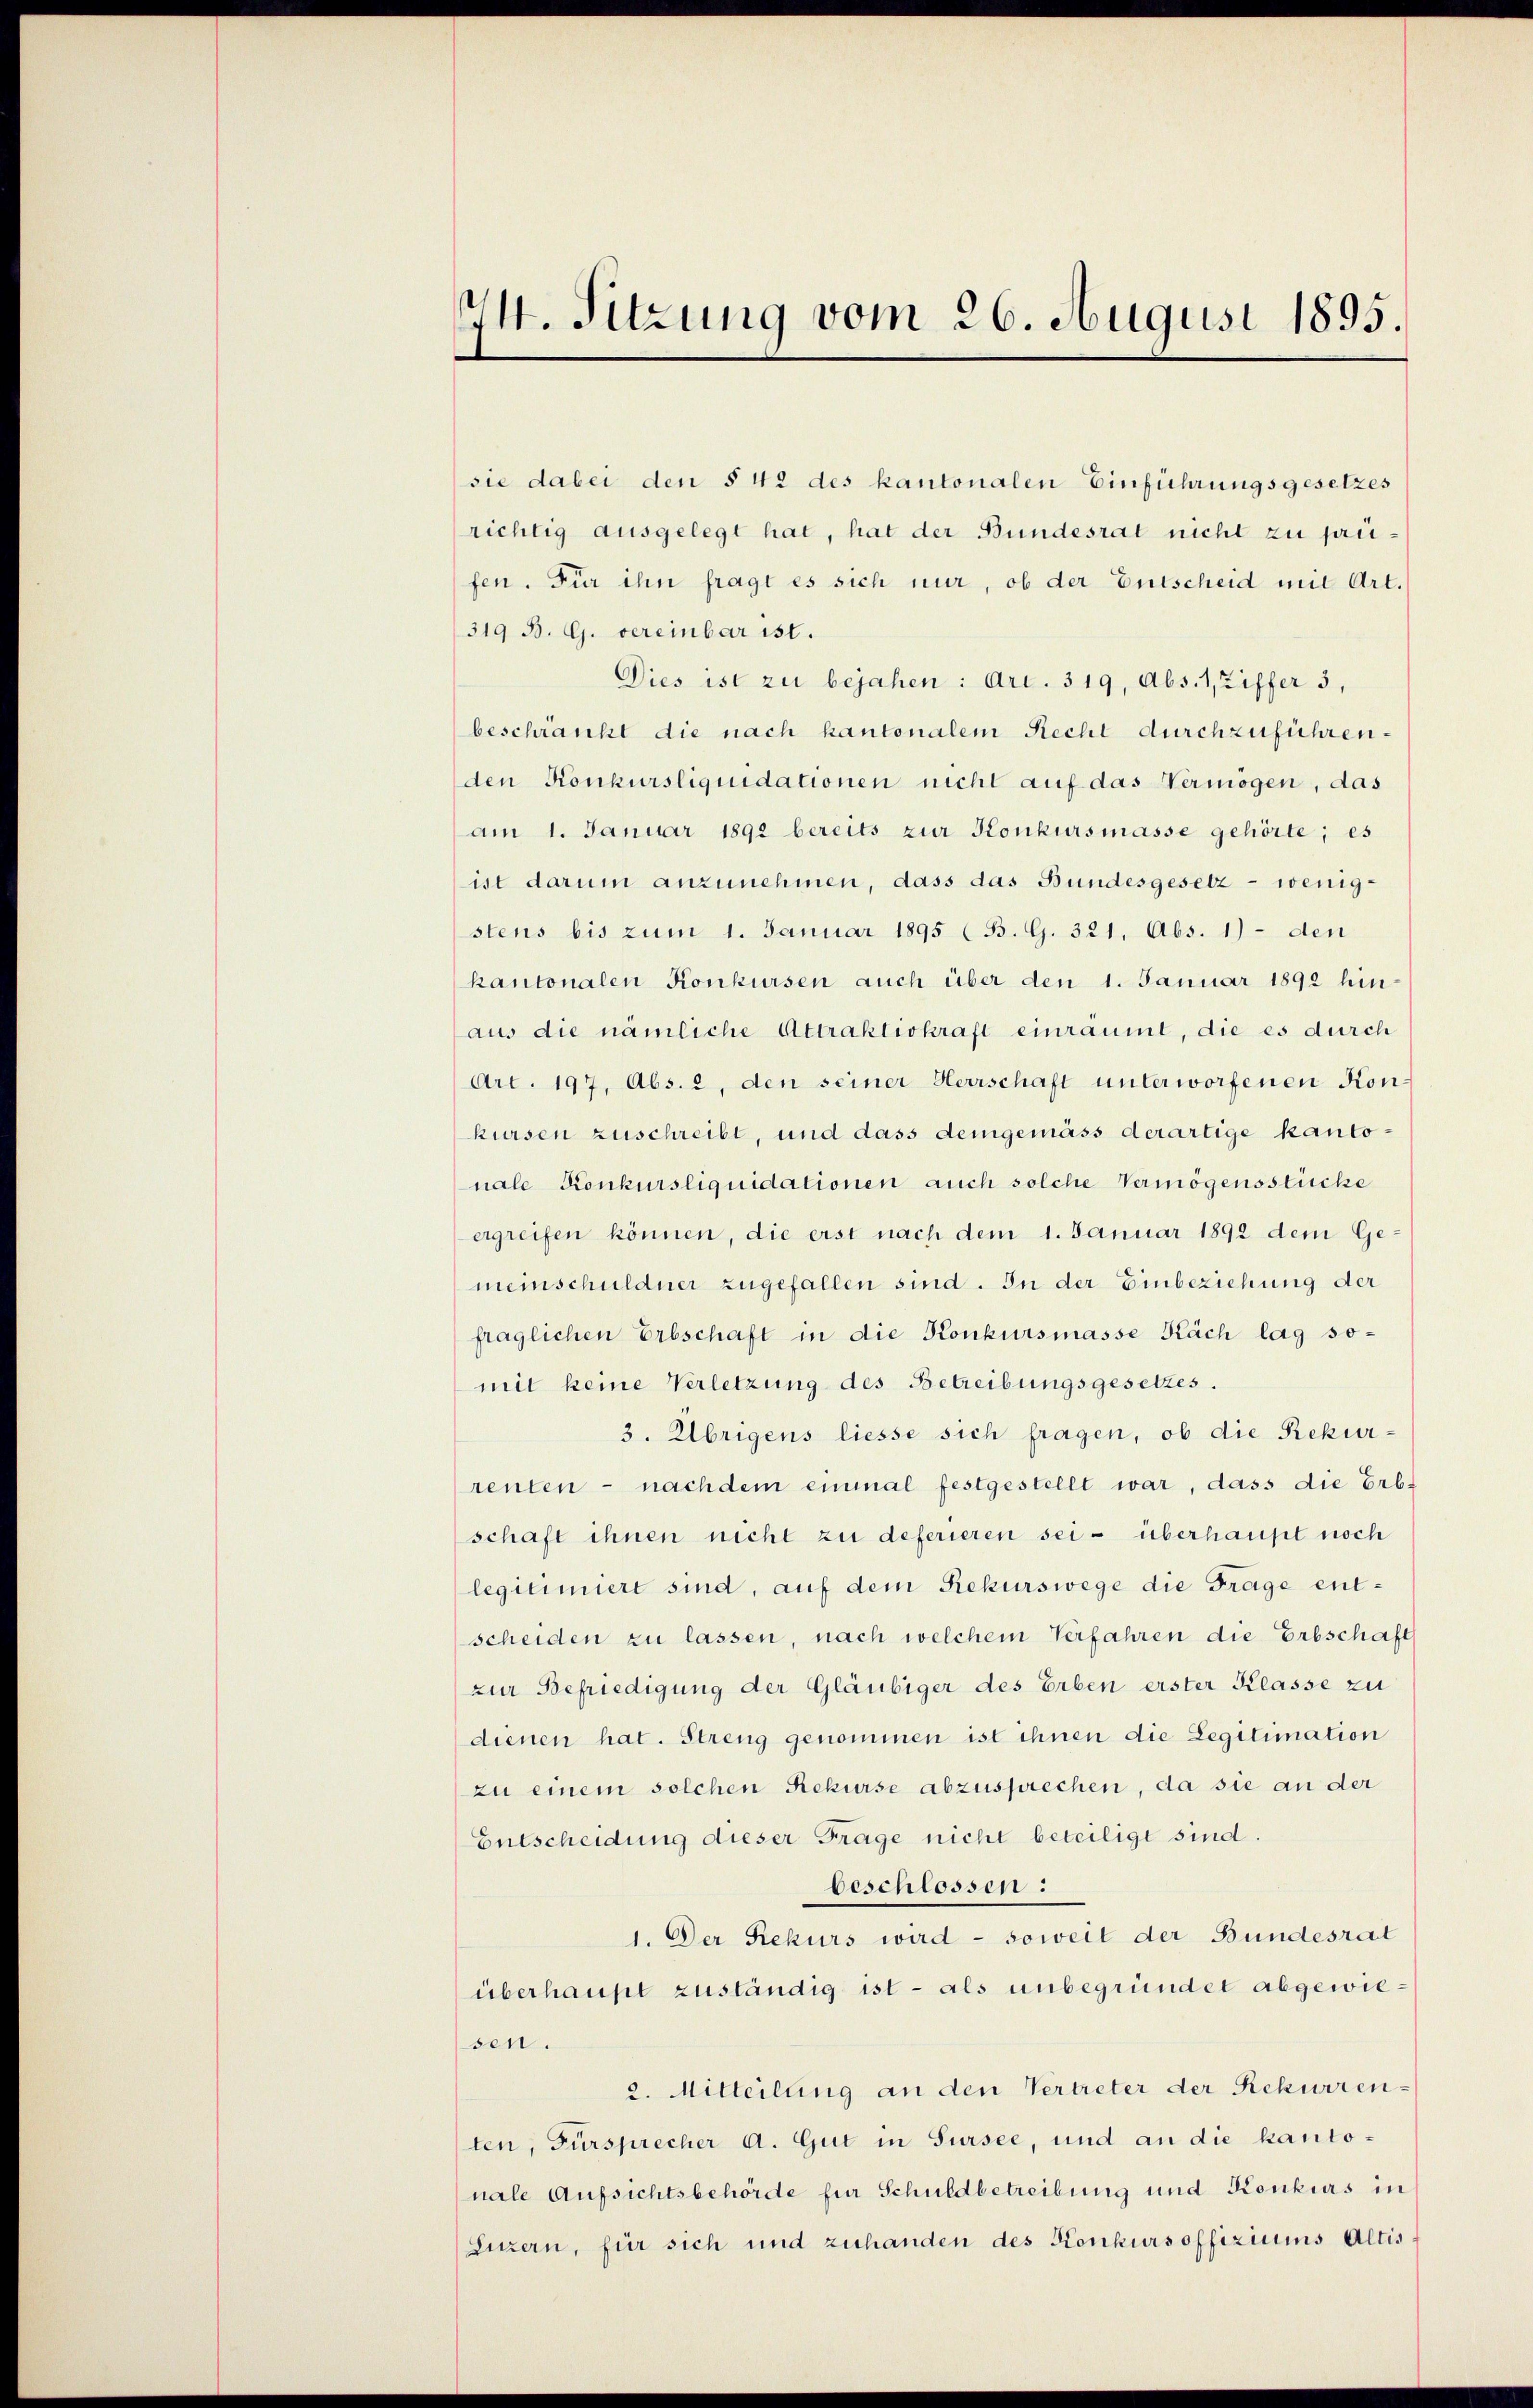
e
14. Sitzung vom 26. August 1895.

sie dabei den § 42 des kantonalen Einführungsgesetzes
richtig ausgelegt hat, hat der Bundesrat nicht zu preifen. Für ihn fragt es sich nur, ob der Entscheid mit Art.
319 B. G. vereinbar ist.
Dies ist zu bejahen: Art. 319, Abs. 1, Ziffer 3,
beschränkt die nach kantonalem Recht durchzuführenden Konkursliquidationen nicht auf das Vermögen, das
am 1. Januar 1892 bereits zur Konkursmasse gehörte; es
ist darum anzunehmen, dass das Bundesgesetz - wenigstens bis zum 1. Januar 1895 (B. G. 321, Abs. 1) - den
kantonalen Konkursen auch über den 1. Januar 1892 hinaus die nämliche Attraktiskraft einräumt, die es durch
Art. 197, Abs. 2, den seiner Herrschaft unterworfenen Konkursen zuschreibt, und dass demgemäss derartige Kantonale Konkursliquidationen auch solche Vermögensstücke
ergreifen können, die erst nach dem 1. Januar 1892 dem Gemeinschuldner zugefallen sind. In der Einbeziehung der
fraglichen Erbschaft in die Konkursmasse Käch lag so-
mit keine Verletzung des Betreibungsgesetzes.
3. Übrigens liesse sich fragen, ob die Rekurrenten - nach dem einmal festgestellt war, dass die Erb-
schaft ihnen nicht zu deferieren sei - überhaupt noch
legitimiert sind, auf dem Rekurswege die Frage entscheiden zu lassen, nach welchem Verfahren die Erbschaft
zur Befriedigung der Gläubiger des Erben erster Klasse zu
dienen hat. Streng genommen ist ihnen die Legitimation
zu einem solchen Rekurse abzusprechen, da sie an der
Entscheidung dieser Frage nicht beteiligt sind.
beschlossen:
1. Der Rekurs wird - soweit der Bundesrat
überhaupt zuständig ist - als unbegründet abgewiesen.
2. Mitteilung an den Vertreter der Rekurrenten, Fürsprecher A. Gut in Sursee, und an die kantonale Aufsichtsbehörde für Schuldbetreibung und Konkurs in
Luzern, für sich und zuhanden des Konkurs offiziums Altis